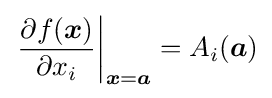
\left.{\frac {\partial f({\boldsymbol {x}})}{\partial x_{i}}}\right|_{{\boldsymbol {x}}={\boldsymbol {a}}}=A_{i}({\boldsymbol {a}})